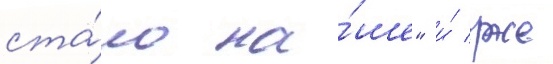
ста́ло на́ше" и́ уже